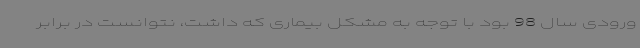
ورودی سال 98 بود با توجه به مشکل بیماری که داشت، نتوانست در برابر